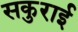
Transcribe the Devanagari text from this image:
सकुराई